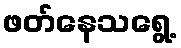
ဖတ်နေသရွေ့